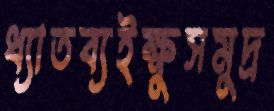
ধ্যাতব্যইক্ষুসমুদ্র